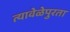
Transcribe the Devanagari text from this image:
त्यावेळेपुरता